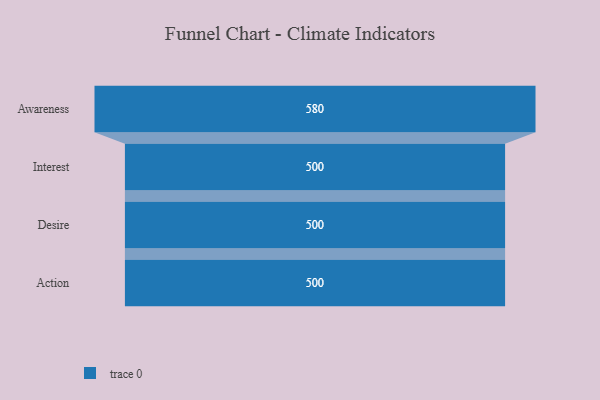
{"axis": {"x": "Stage", "y": "Value"}, "legend": [""], "data": [{"x": "Awareness", "y": 580.0, "type": ""}, {"x": "Interest", "y": 500, "type": ""}, {"x": "Desire", "y": 500, "type": ""}, {"x": "Action", "y": 500, "type": ""}]}